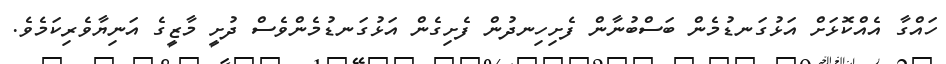
ހައްގާ އެއްކޮޅަށް އަޅުގަނޑުމެން ބަސްބުނާން ފެށިހިނދުން ފެށިގެން އަޅުގަނޑުމެންވެސް ދުށީ މާޒީގެ އަނިޔާވެރިކަމެވެ.